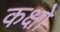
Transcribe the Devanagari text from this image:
कक्षो